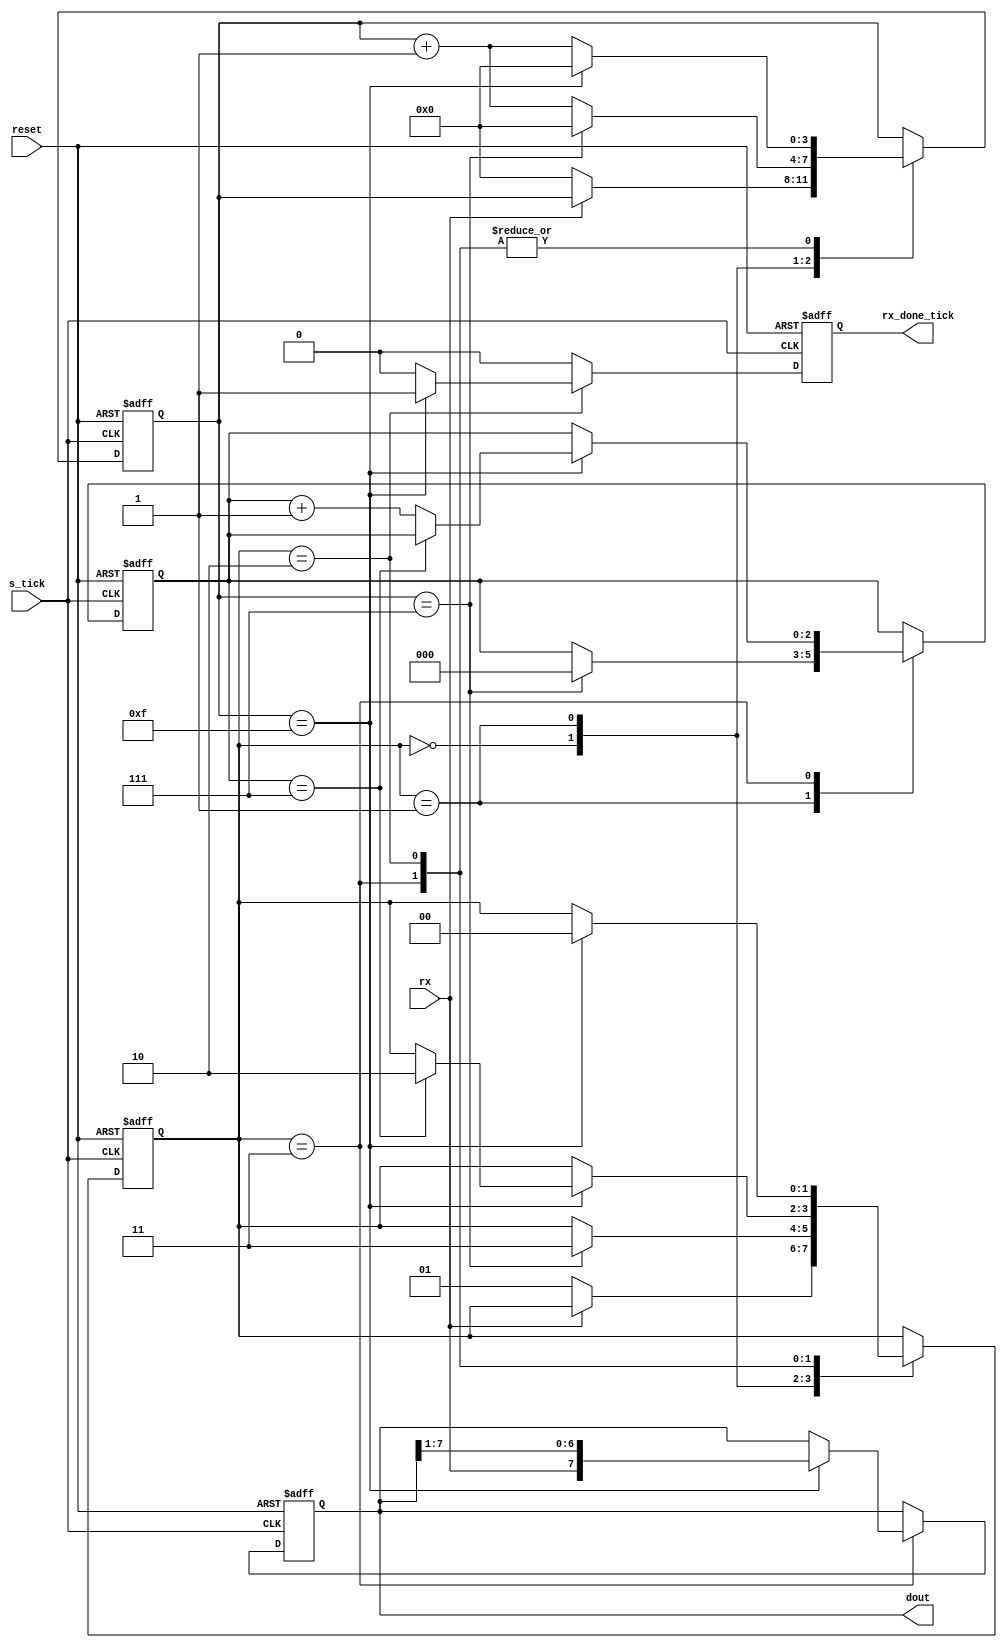

/* --------- UART Receiver ---------- */
// The receiver shifts in data bit by bit and then reassembles the data.
// We use an oversampling scheme to estimate the middle points of transmitted bits 
// and then retrieve them at these points accordingly.
//  The most commonly used sampling rate is 16 times the baud rate, which means that each
// serial bit is sampled 16 times.

module uart_receiver (reset,rx,s_tick,dout,rx_done_tick);
  
input rx, // receive the data bit by bit from the transmiiter of the other system.
      reset, // reset input to initialize all counters in the design.
      s_tick; // The s_tick signal is the enable tick from the baud rate generator 
              // and there are 16 ticks in a bit interval.
output [7:0] dout; // the register in which The received data presented.
output rx_done_tick; // status signal, It is asserted for one clock cycle after
                     // the receiving process is completed. 
       
reg [3:0] sample_count; // 4 bit counter which count the samples.
reg [2:0] bit_count; // 3 bit counter which count the received data.
reg [7:0] r_data; // register in which the retrieved bits are shifted into and reassembled.
reg rx_done_tick;

// states of FSM //
parameter [1:0] idle  = 2'b00,
                start = 2'b01,
                data  = 2'b11,
                stop  = 2'b10;
                
reg [1:0] state;


always@(posedge s_tick or negedge reset)
begin
  if (!reset) // active low reset which initialize all counters and put the design onto the idle state 
    begin
      state <= idle;
      sample_count <= 0;
      bit_count <= 0;
      r_data <= 0;
      rx_done_tick <= 1'b0;
    end
    
  else
    begin
      rx_done_tick <= 1'b0;
    case (state)
      
    idle:
      if (!rx)
        begin
          state <= start;
          sample_count <= 0;
        end
        
    start:
       if (sample_count == 7)
         begin
           state <= data;
           bit_count <= 0;
           sample_count <= 0;
         end
       else
        sample_count <= sample_count + 1;
        
    data:
       if (sample_count == 15)
         begin
           r_data <= {rx,r_data[7:1]};
           sample_count <= 0;
           if (bit_count == 7)
             begin
                state <= stop;
             end
           else
             begin 
               bit_count <= bit_count + 1;
             end
         end
       else
          sample_count <= sample_count + 1; 
    
    stop:
       if (sample_count == 15)
         begin
           state <= idle;
           sample_count <= 0;
           rx_done_tick <= 1'b1;
         end 
       else
         sample_count <= sample_count + 1;
    endcase
    end     
end 


assign dout = r_data;
endmodule